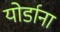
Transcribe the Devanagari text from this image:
योर्डाना